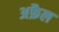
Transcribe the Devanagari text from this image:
अफ्रैल